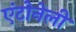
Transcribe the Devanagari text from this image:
एंटोनेली